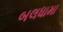
બલધામા